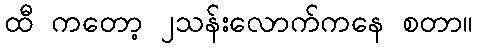
ထီ ကတော့ ၂သန်းလောက်ကနေ စတာ။